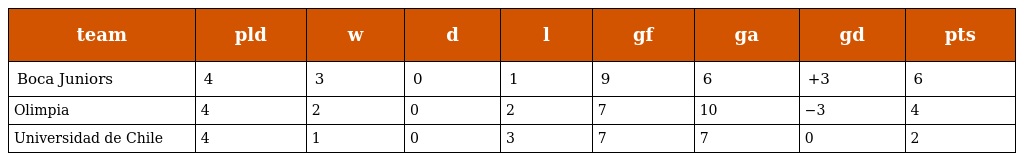
| team | pld | w | d | l | gf | ga | gd | pts |
 | --- | --- | --- | --- | --- | --- | --- | --- | --- |
 | Boca Juniors | 4 | 3 | 0 | 1 | 9 | 6 | +3 | 6 |
 | Olimpia | 4 | 2 | 0 | 2 | 7 | 10 | −3 | 4 |
 | Universidad de Chile | 4 | 1 | 0 | 3 | 7 | 7 | 0 | 2 |